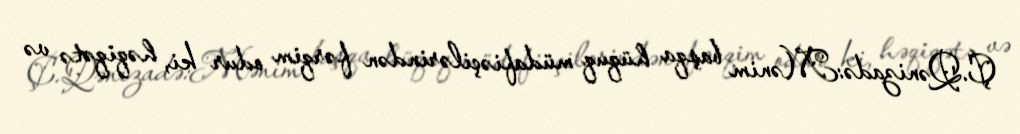
Ç.Qənizadə:Mənim başqa hüquq müdafiəçilərindən fərqim odur ki, həqiqətə və